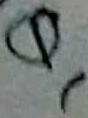
Text: Q1